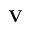
{ \bf V }